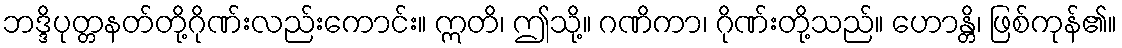
ဘဒ္ဒိပုတ္တနတ်တို့ဂိုဏ်းလည်းကောင်း။ ဣတိ၊ ဤသို့။ ဂဏိကာ၊ ဂိုဏ်းတို့သည်။ ဟောန္တိ၊ ဖြစ်ကုန်၏။